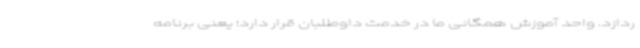
ردازد. واحد آموزش همگانی ما در خدمت داوطلبان قرار دارد؛ یعنی برنامه